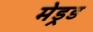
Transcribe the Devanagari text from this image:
मेड्रड